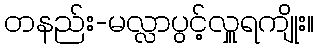
တနည်း-မလ္လာပွင့်လှူရကျိုး။